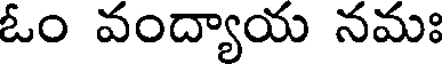
ఓం వంద్యాయ నమః